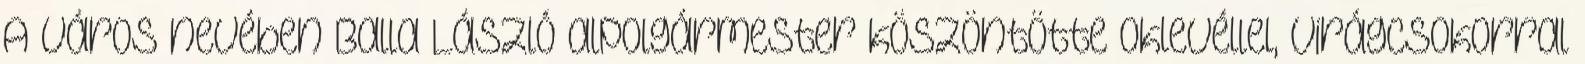
A város nevében Balla László alpolgármester köszöntötte oklevéllel, virágcsokorral